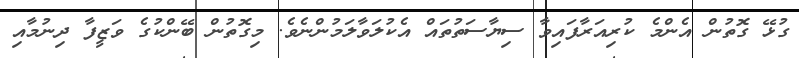
ގުޅޭ ގޮތުން އެންމެ ކުރިއަރާފައިވާ ސިޔާސަތުތައް އެކުލަވާލަމުންނެވެ. މިގޮތުން ބޭންކުގެ ވަޒީފާ ދިނުމާއި